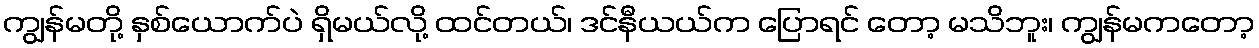
ကျွန်မတို့ နှစ်ယောက်ပဲ ရှိမယ်လို့ ထင်တယ်၊ ဒင်နီယယ်က ပြောရင် တော့ မသိဘူး၊ ကျွန်မကတော့